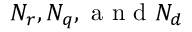
N _ { r } , N _ { q } , \mathrm { ~ a ~ n ~ d ~ } N _ { d }